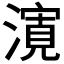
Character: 𭲨